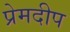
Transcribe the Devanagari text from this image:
प्रेमदीप